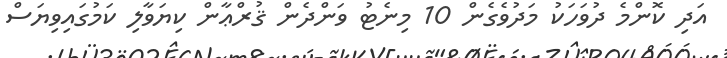
އަދި ކޮންމެ ދުވަހަކު މަދުވެގެން 10 މިނެޓު ވަންދެން ޤުރްޢާން ކިޔަވާލި ކަމުގައިވިޔަސް